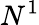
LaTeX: N^{1}